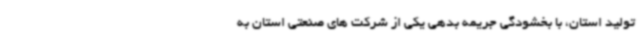
تولید استان، با بخشودگی جریمه بدهی یکی از شرکت های صنعتی استان به